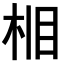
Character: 𪲈